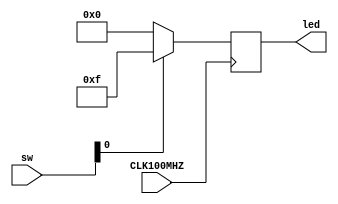
`timescale 1ns / 1ps
//////////////////////////////////////////////////////////////////////////////////
// Company: 
// Engineer: 
// 
// Design Name: 
// Module Name: top
// Project Name: 
// Target Devices: 
// Tool Versions: 
// Description: 
// 
// Dependencies: 
// 
// Revision:
// Revision 0.01 - File Created
// Additional Comments:
// 
//////////////////////////////////////////////////////////////////////////////////


module top(
    input CLK100MHZ,
    output reg [3:0] led,
    input [3:0] sw
    );
    always @ (posedge CLK100MHZ)
    begin
        if(sw[0]== 0)
        begin
            led <= 4'b0000;
        end
        else
        begin
            led <= 4'b1111;
        end
    end
endmodule